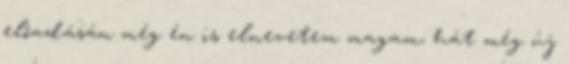
előadásán még én is elnevetem magam, hát még új